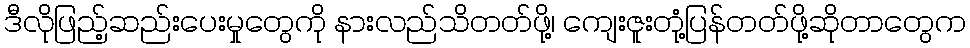
ဒီလိုဖြည့်ဆည်းပေးမှုတွေကို နားလည်သိတတ်ဖို့၊ ကျေးဇူးတုံ့ပြန်တတ်ဖို့ဆိုတာတွေက